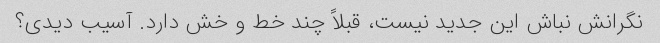
نگرانش نباش این جدید نیست، قبلاً چند خط و خش دارد. آسیب دیدی؟